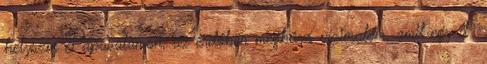
helyszín Pápasalamon, az erdőben megbúvó vízimalom, amit egy d�